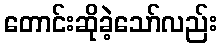
တောင်းဆိုခဲ့သော်လည်း